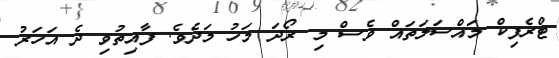
ޓްރެފިކް މައްސަލަތައް ވެސް މި ރޯދަ މަހު މަދެވެ. ފާއިތުވި ދެ އަހަރު